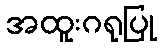
အထူးဂရုပြု